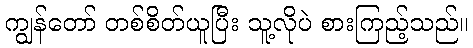
ကျွန်တော် တစ်စိတ်ယူပြီး သူ့လိုပဲ စားကြည့်သည်။